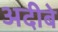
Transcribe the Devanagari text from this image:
अदीबे